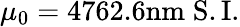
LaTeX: \mu_{0}=4762.6\mathrm{nm}\; \mathrm{S.I.}